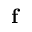
\mathbf { f }